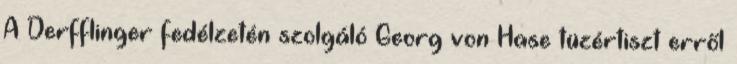
A Derfflinger fedélzetén szolgáló Georg von Hase tüzértiszt erről